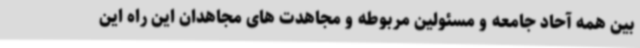
بین همه آحاد جامعه و مسئولین مربوطه و مجاهدت های مجاهدان این راه این